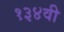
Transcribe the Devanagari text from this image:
१३४वी